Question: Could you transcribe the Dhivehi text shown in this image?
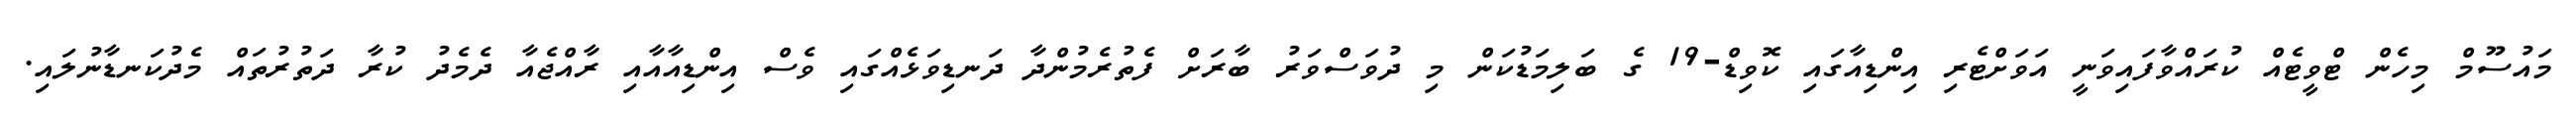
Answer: މައުސޫމް މިހެން ޓްވީޓެއް ކުރައްވާފައިވަނީ އަވަށްޓެރި އިންޑިއާގައި ކޮވިޑް-19 ގެ ބަލިމަޑުކަން މި ދުވަސްވަރު ބާރަށް ފެތުރެމުންދާ ދަނޑިވަޅެއްގައި ވެސް އިންޑިއާއާއި ރާއްޖެއާ ދެމެދު ކުރާ ދަތުރުތައް މެދުކަނޑާނުލައި.